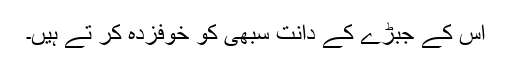
اس کے جبڑے کے دانت سبھی کو خوفزدہ کر تے ہیں۔